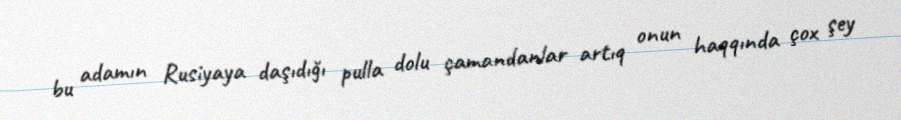
bu adamın Rusiyaya daşıdığı pulla dolu çamandanlar artıq onun haqqında çox şey